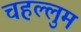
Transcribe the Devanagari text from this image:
चहल्लुम